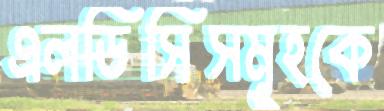
এলডিসিসমূহকে